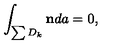
\int _ { \sum D _ { k } } { \bf n } d a = 0 ,